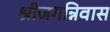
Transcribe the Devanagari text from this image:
श्रीजगन्निवास